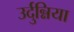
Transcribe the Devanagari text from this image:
उर्दुन्निया